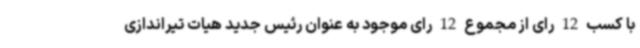
با کسب 12 رای از مجموع 12 رای موجود به عنوان رئیس جدید هیات تیراندازی